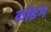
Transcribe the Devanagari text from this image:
कोइंग